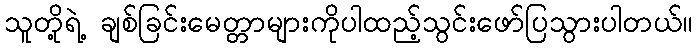
သူတို့ရဲ့ ချစ်ခြင်းမေတ္တာများကိုပါထည့်သွင်းဖော်ပြသွားပါတယ်။